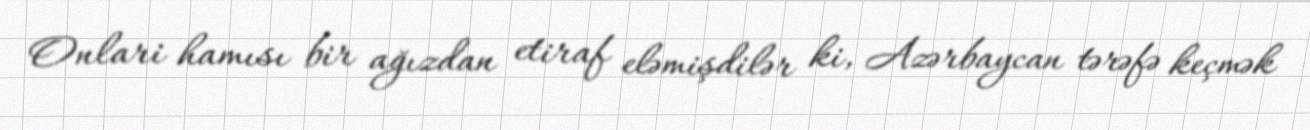
Onlari hamısı bir ağızdan etiraf eləmişdilər ki, Azərbaycan tərəfə keçmək